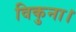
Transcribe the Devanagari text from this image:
विकुना।